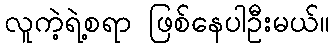
လူကဲ့ရဲ့စရာ ဖြစ်နေပါဦးမယ်။